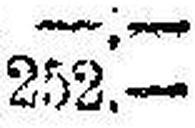
252.—